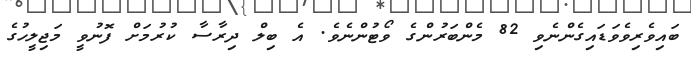
ބައިވެރިވެވަޑައިގެންނެވި 82 މެންބަރުންގެ ވޯޓުންނެވެ. އެ ބިލް ދިރާސާ ކުރުމަށް ފޮނުވީ މަޖިލީހުގެ